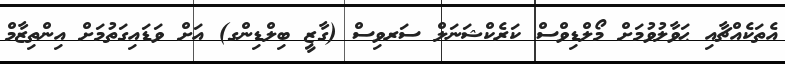
އެތަކެއްޗާއި ޙަވާލުވުމަށް މޯލްޑިވްސް ކަރެކްޝަނަލް ސަރވިސް (ގާޒީ ބިލްޑިންގ) އަށް ވަޑައިގަތުމަށް އިންތިޒާމް